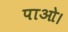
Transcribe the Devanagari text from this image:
पाओ।